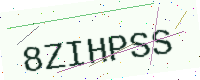
Text: 8ZIHPSS